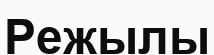
Режылы